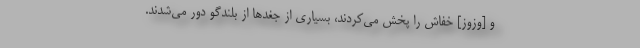
و [وزوز] خفاش‌ را پخش می‌کردند، بسیاری از جغدها از بلندگو دور می‌شدند.